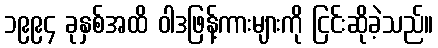
၁၉၉၄ ခုနှစ်အထိ ဝါဒဖြန့်ကားများကို ငြင်းဆိုခဲ့သည်။